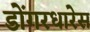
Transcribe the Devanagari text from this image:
डोंगरधारेस